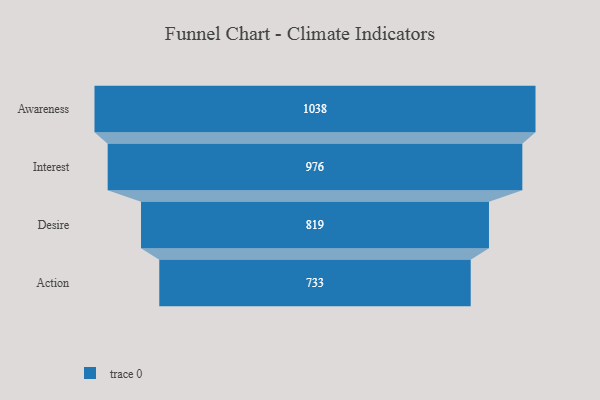
{"axis": {"x": "Stage", "y": "Value"}, "legend": [""], "data": [{"x": "Awareness", "y": 1038.0, "type": ""}, {"x": "Interest", "y": 976.0, "type": ""}, {"x": "Desire", "y": 819.0, "type": ""}, {"x": "Action", "y": 733.0, "type": ""}]}